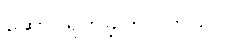
ဆောင်ရွက်ခဲ့ကြပါတယ်။